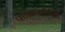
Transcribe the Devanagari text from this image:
फाळक्यांच्या